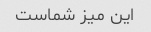
این میز شماست